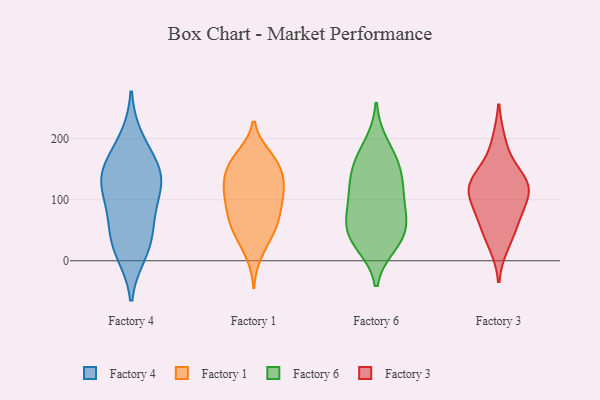
{"axis": {"x": "Active Users", "y": "Value"}, "legend": ["Factory 1", "Factory 3", "Factory 4", "Factory 6"], "data": [{"x": "", "y": 153, "type": "Factory 4"}, {"x": "", "y": 105, "type": "Factory 4"}, {"x": "", "y": 141, "type": "Factory 4"}, {"x": "", "y": 143, "type": "Factory 4"}, {"x": "", "y": 29, "type": "Factory 4"}, {"x": "", "y": 197, "type": "Factory 4"}, {"x": "", "y": 81, "type": "Factory 4"}, {"x": "", "y": 45, "type": "Factory 4"}, {"x": "", "y": 15, "type": "Factory 4"}, {"x": "", "y": 130, "type": "Factory 4"}, {"x": "", "y": 112, "type": "Factory 1"}, {"x": "", "y": 122, "type": "Factory 1"}, {"x": "", "y": 167, "type": "Factory 1"}, {"x": "", "y": 172, "type": "Factory 1"}, {"x": "", "y": 80, "type": "Factory 1"}, {"x": "", "y": 106, "type": "Factory 1"}, {"x": "", "y": 156, "type": "Factory 1"}, {"x": "", "y": 61, "type": "Factory 1"}, {"x": "", "y": 167, "type": "Factory 1"}, {"x": "", "y": 151, "type": "Factory 1"}, {"x": "", "y": 34, "type": "Factory 1"}, {"x": "", "y": 74, "type": "Factory 1"}, {"x": "", "y": 52, "type": "Factory 1"}, {"x": "", "y": 47, "type": "Factory 1"}, {"x": "", "y": 120, "type": "Factory 1"}, {"x": "", "y": 135, "type": "Factory 1"}, {"x": "", "y": 100, "type": "Factory 1"}, {"x": "", "y": 11, "type": "Factory 1"}, {"x": "", "y": 133, "type": "Factory 1"}, {"x": "", "y": 79, "type": "Factory 1"}, {"x": "", "y": 69, "type": "Factory 6"}, {"x": "", "y": 105, "type": "Factory 6"}, {"x": "", "y": 190, "type": "Factory 6"}, {"x": "", "y": 32, "type": "Factory 6"}, {"x": "", "y": 27, "type": "Factory 6"}, {"x": "", "y": 149, "type": "Factory 6"}, {"x": "", "y": 50, "type": "Factory 6"}, {"x": "", "y": 67, "type": "Factory 6"}, {"x": "", "y": 161, "type": "Factory 6"}, {"x": "", "y": 44, "type": "Factory 6"}, {"x": "", "y": 115, "type": "Factory 6"}, {"x": "", "y": 107, "type": "Factory 6"}, {"x": "", "y": 152, "type": "Factory 6"}, {"x": "", "y": 136, "type": "Factory 3"}, {"x": "", "y": 59, "type": "Factory 3"}, {"x": "", "y": 96, "type": "Factory 3"}, {"x": "", "y": 193, "type": "Factory 3"}, {"x": "", "y": 63, "type": "Factory 3"}, {"x": "", "y": 125, "type": "Factory 3"}, {"x": "", "y": 108, "type": "Factory 3"}, {"x": "", "y": 118, "type": "Factory 3"}, {"x": "", "y": 132, "type": "Factory 3"}, {"x": "", "y": 28, "type": "Factory 3"}]}